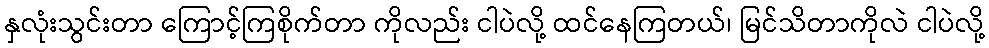
နှလုံးသွင်းတာ ကြောင့်ကြစိုက်တာ ကိုလည်း ငါပဲလို့ ထင်နေကြတယ်၊ မြင်သိတာကိုလဲ ငါပဲလို့